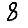
Digit: 8